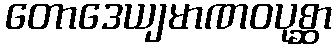
တောဒေယျမာဏဝပုစ္ဆာ